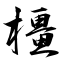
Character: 橿